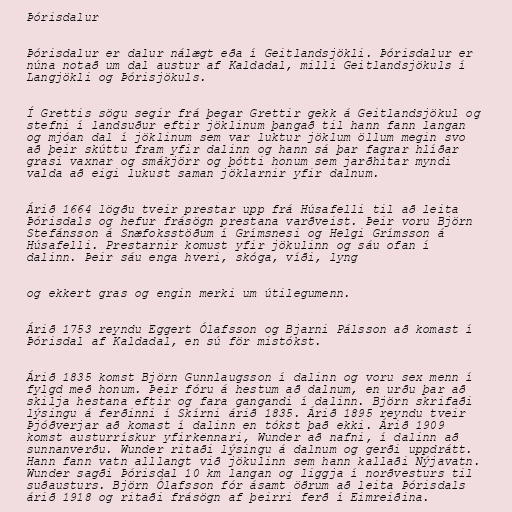
Þórisdalur

Þórisdalur er dalur nálægt eða í Geitlandsjökli. Þórisdalur er
núna notað um dal austur af Kaldadal, milli Geitlandsjökuls í
Langjökli og Þórisjökuls.

Í Grettis sögu segir frá þegar Grettir gekk á Geitlandsjökul og
stefni í landsuður eftir jöklinum þangað til hann fann langan
og mjóan dal í jöklinum sem var luktur jöklum öllum megin svo
að þeir skúttu fram yfir dalinn og hann sá þar fagrar hlíðar
grasi vaxnar og smákjörr og þótti honum sem jarðhitar myndi
valda að eigi lukust saman jöklarnir yfir dalnum.

Árið 1664 lögðu tveir prestar upp frá Húsafelli til að leita
Þórisdals og hefur frásögn prestana varðveist. Þeir voru Björn
Stefánsson á Snæfoksstöðum í Grímsnesi og Helgi Grímsson á
Húsafelli. Prestarnir komust yfir jökulinn og sáu ofan í
dalinn. Þeir sáu enga hveri, skóga, víði, lyng

og ekkert gras og engin merki um útilegumenn.

Árið 1753 reyndu Eggert Ólafsson og Bjarni Pálsson að komast í
Þórisdal af Kaldadal, en sú för mistókst.

Árið 1835 komst Björn Gunnlaugsson í dalinn og voru sex menn í
fylgd með honum. Þeir fóru á hestum að dalnum, en urðu þar að
skilja hestana eftir og fara gangandi í dalinn. Björn skrifaði
lýsingu á ferðinni í Skírni árið 1835. Árið 1895 reyndu tveir
Þjóðverjar að komast í dalinn en tókst það ekki. Árið 1909
komst austurrískur yfirkennari, Wunder að nafni, í dalinn að
sunnanverðu. Wunder ritaði lýsingu á dalnum og gerði uppdrátt.
Hann fann vatn alllangt við jökulinn sem hann kallaði Nýjavatn.
Wunder sagði Þórisdal 10 km langan og liggja í norðvesturs til
suðausturs. Björn Ólafsson fór ásamt öðrum að leita Þórisdals
árið 1918 og ritaði frásögn af þeirri ferð í Eimreiðina.